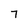
Character: 7